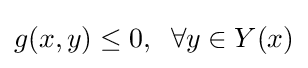
g(x,y)\leq 0,\;\;\forall y\in Y(x)